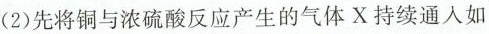
(2)先将铜与浓硫酸反应产生的气体X持续通入如